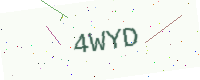
Text: 4WYD